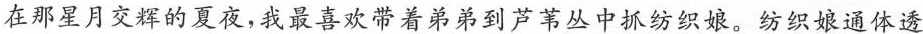
在那星月交辉的夏夜，我最喜欢带着弟弟到芦苇丛中抓纺织娘。纺织娘通体透